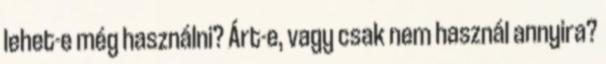
lehet-e még használni? Árt-e, vagy csak nem használ annyira?